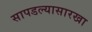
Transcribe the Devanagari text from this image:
सापडल्यासारखा